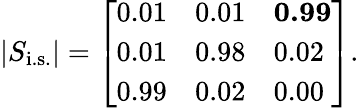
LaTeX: |S_{\mathrm{i.s.}}|=\left[\begin{array}{lll}{{0.01}}&{{0.01}}&{{\mathbf{0.99}}}\\ {{0.01}}&{{0.98}}&{{0.02}}\\ {{0.99}}&{{0.02}}&{{0.00}}\end{array}\right].